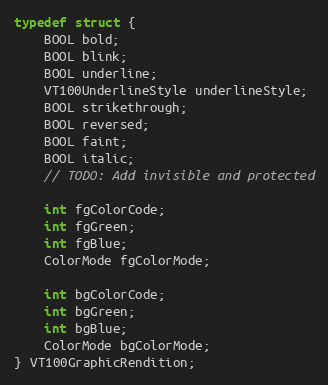
Language: C
typedef struct {
    BOOL bold;
    BOOL blink;
    BOOL underline;
    VT100UnderlineStyle underlineStyle;
    BOOL strikethrough;
    BOOL reversed;
    BOOL faint;
    BOOL italic;
    // TODO: Add invisible and protected

    int fgColorCode;
    int fgGreen;
    int fgBlue;
    ColorMode fgColorMode;

    int bgColorCode;
    int bgGreen;
    int bgBlue;
    ColorMode bgColorMode;
} VT100GraphicRendition;